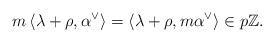
LaTeX: \begin{align*} m\,\langle \lambda + \rho, \alpha^{\vee} \rangle = \langle \lambda + \rho, m\alpha^{\vee} \rangle \in p\mathbb{Z}. \end{align*}